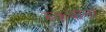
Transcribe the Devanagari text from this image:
रुकवाना